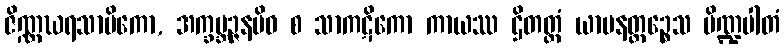
ဇိဏ္ဏဃရသာမိကော, အက္ခဗ္ဘဉ္ဇနမိဝ စ သာကဋိကော ကာယဿ ဌိတတ္ထံ ယာပနတ္ထဉ္စေသ ပိဏ္ဍပါတံ